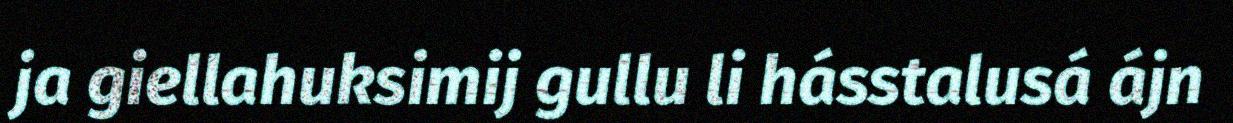
ja giellahuksimij gullu li hásstalusá ájn